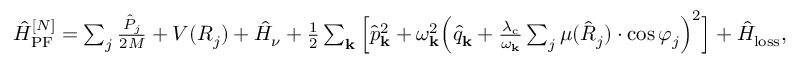
\begin{array} { r } { \hat { H } _ { \mathrm { P F } } ^ { [ N ] } = \sum _ { j } \frac { \hat { P } _ { j } } { 2 M } + V ( R _ { j } ) + \hat { H } _ { \nu } + \frac { 1 } { 2 } \sum _ { \mathbf { k } } \Big [ \hat { p } _ { \bf k } ^ { 2 } + \omega _ { \bf k } ^ { 2 } \Big ( \hat { q } _ { \bf k } + \frac { \lambda _ { \mathrm { c } } } { \omega _ { \bf k } } \sum _ { j } \mu ( \hat { R } _ { j } ) \cdot \cos \varphi _ { j } \Big ) ^ { 2 } \Big ] + \hat { H } _ { \mathrm { l o s s } } , } \end{array}